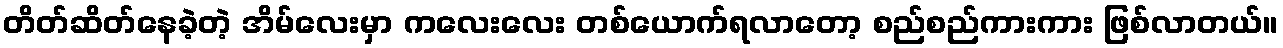
တိတ်ဆိတ်နေခဲ့တဲ့ အိမ်လေးမှာ ကလေးလေး တစ်ယောက်ရလာတော့ စည်စည်ကားကား ဖြစ်လာတယ်။